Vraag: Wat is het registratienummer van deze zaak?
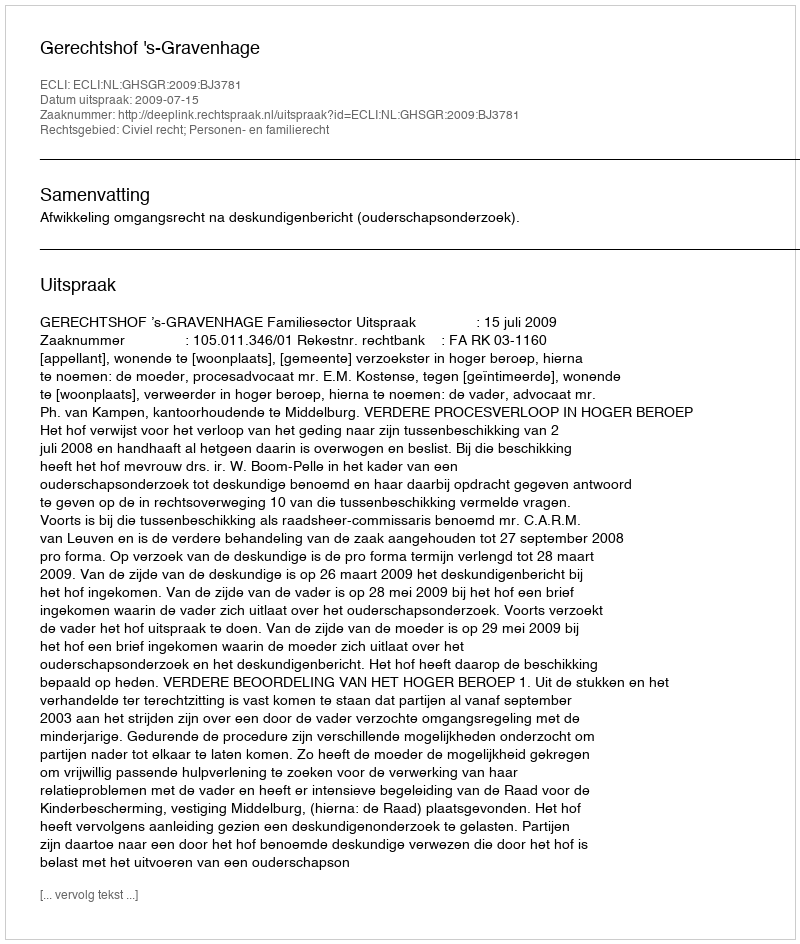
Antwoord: http://deeplink.rechtspraak.nl/uitspraak?id=ECLI:NL:GHSGR:2009:BJ3781